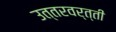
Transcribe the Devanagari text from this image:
उत्तरवर्त्ती